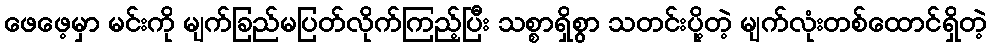
ဖေဖေ့မှာ မင်းကို မျက်ခြည်မပြတ်လိုက်ကြည့်ပြီး သစ္စာရှိစွာ သတင်းပို့တဲ့ မျက်လုံးတစ်ထောင်ရှိတဲ့